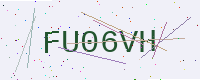
Text: FU06VH